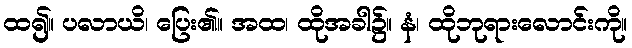
ထ၍။ ပလာယိ၊ ပြေး၏။ အထ၊ ထိုအခါ၌။ နံ၊ ထိုဘုရားလောင်းကို။